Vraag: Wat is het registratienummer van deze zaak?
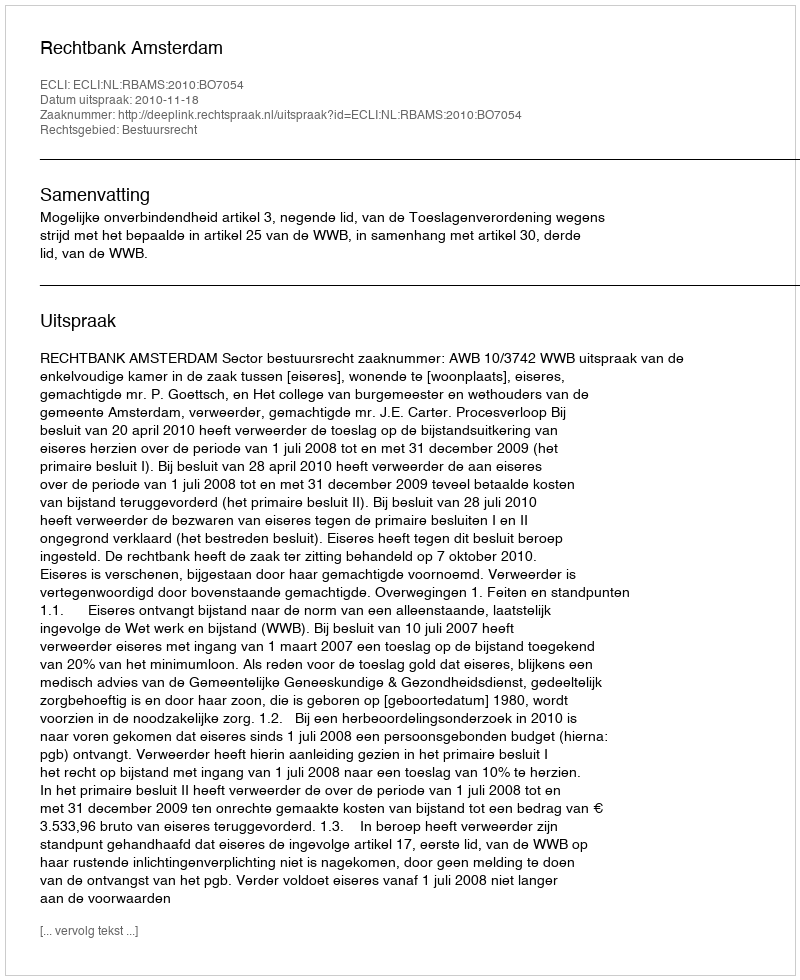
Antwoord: http://deeplink.rechtspraak.nl/uitspraak?id=ECLI:NL:RBAMS:2010:BO7054